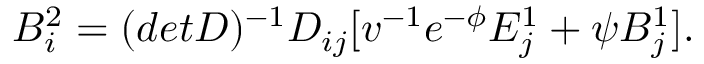
B _ { i } ^ { 2 } = ( d e t D ) ^ { - 1 } D _ { i j } [ v ^ { - 1 } e ^ { - \phi } E _ { j } ^ { 1 } + \psi B _ { j } ^ { 1 } ] .